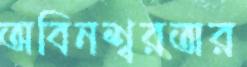
অবিনশ্বরতার